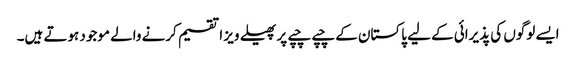
ایسے لوگوں کی پذیرائی کے لیے پاکستان کے چپے چپے پر پھیلے ویز ا تقسیم کرنے والے موجود ہوتے ہیں۔